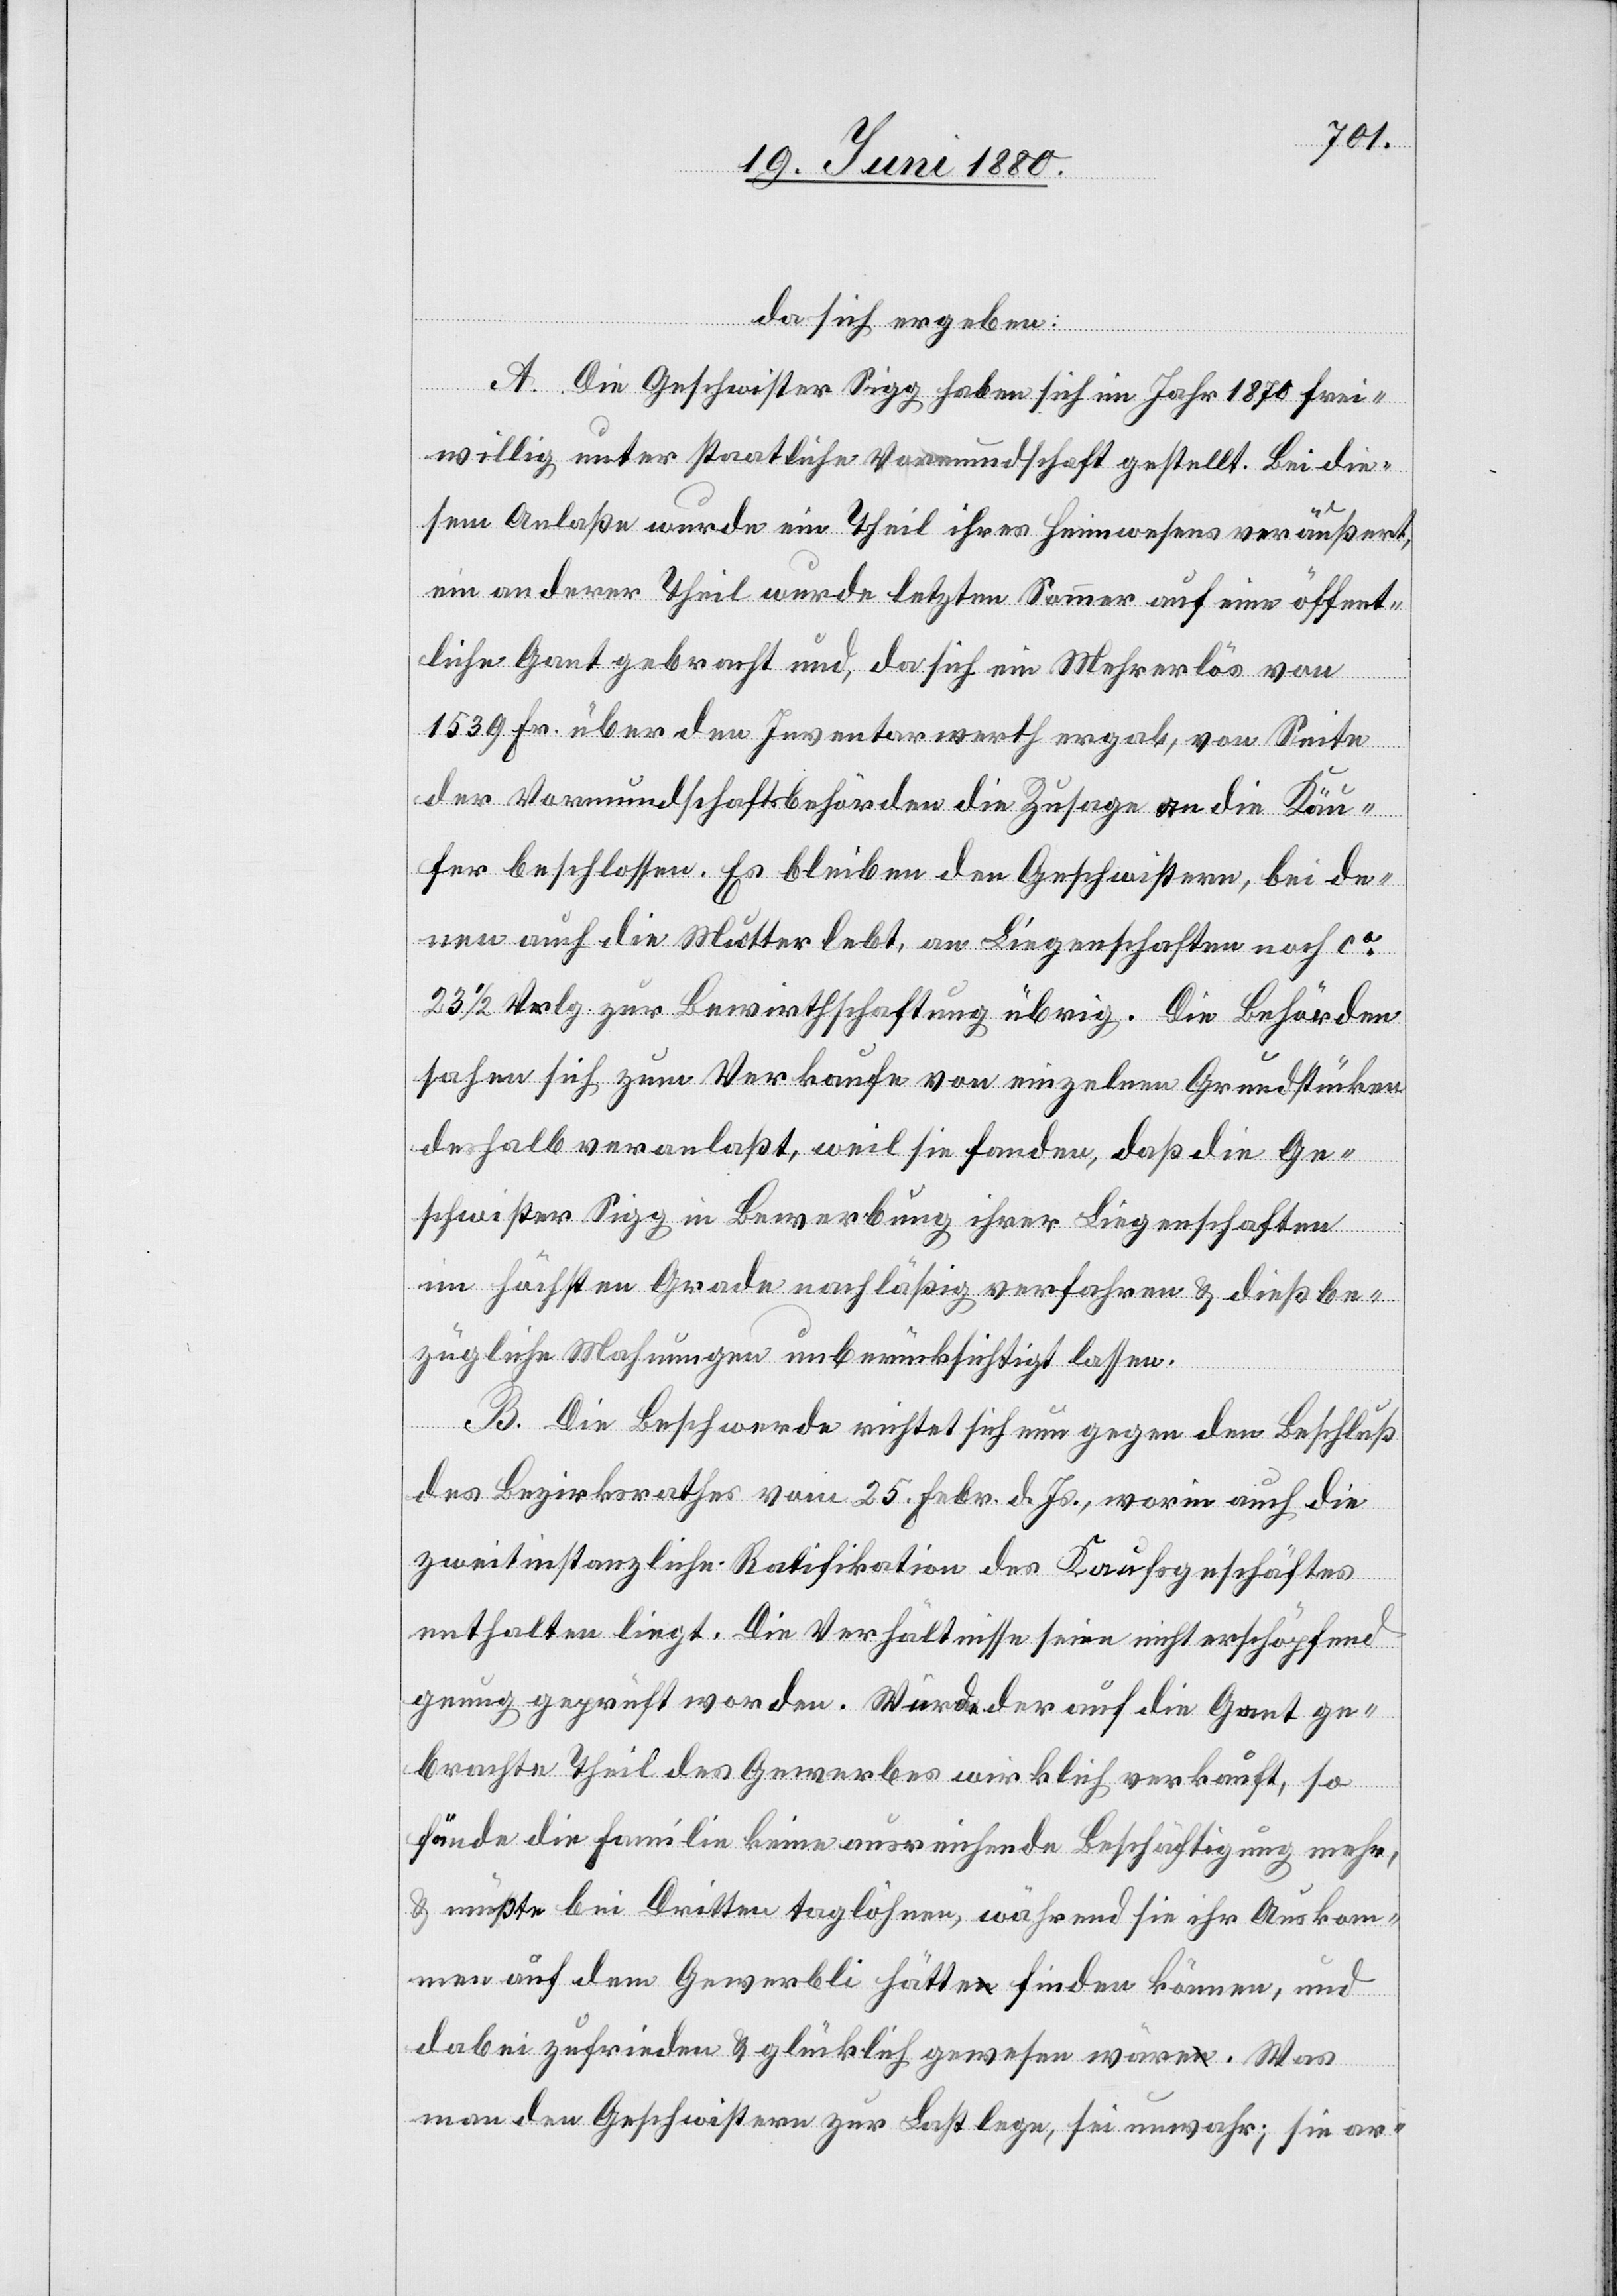
da sich ergeben:
A. Die Geschwister Sigg haben sich im Jahr 1870 frei¬
willig unter staatliche Vormundschaft gestellt. Bei die¬
sem Anlaße wurde ein Theil ihres Heimwesens veräußert,
ein anderer Theil wurde letzten Sommer auf eine öffent¬
liche Gant gebraucht und, da sich ein Mehrerlös von
1539 Fr. über den Inventarwerth ergab, von Seite
der Vormundschaftsbehörden die Zusage an die Käu¬
fer beschlossen. Es bleiben den Geschwistern, bei de¬
nen auch die Mutter lebt, an Liegenschaften noch ca
231/2 Vrlg. zur Bewirthschaftung übrig. Die Behörden
sahen sich zum Verkaufe von einzelnen Grundstücken
deshalb veranlaßt, weil sie fanden, daß die Ge¬
schwister Sigg in Bewerbung ihrer Liegenschaften
im höchsten Grade nachläßig verfahren & dießbe¬
zügliche Mahnungen unberücksichtigt lassen.
B. Die Beschwerde richtet sich nun gegen den Beschluß
des Bezirksrathes vom 25. Febr. d. Js. worin auch die
zweitinstanzliche Ratifikation des Kaufsgeschäftes
enthalten liegt. Die Verhältnisse seien nicht erschöpfend
genug geprüft worden. Würde der auf die Gant ge¬
brachte Theil des Gewerbes wirklich verkauft, so
fände die Familie keine ausreichende Beschäftigung mehr,
& müßte bei Dritten taglöhnern, während sie ihr Auskom¬
men auf dem Gewerbli hätte finden können, und
dabei zufrieden & glücklich gewesen wäre. Was
man den Geschwistern zur Last lege, sei unwahr; sie ar-